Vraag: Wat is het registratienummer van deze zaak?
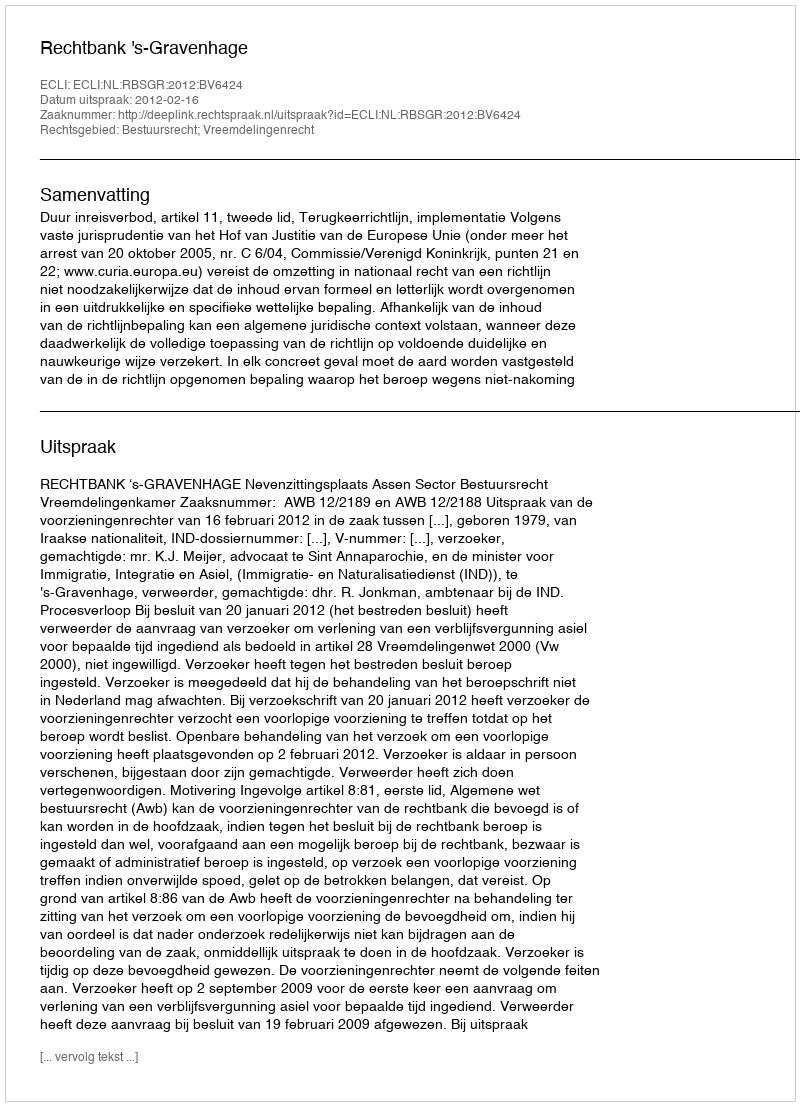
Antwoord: http://deeplink.rechtspraak.nl/uitspraak?id=ECLI:NL:RBSGR:2012:BV6424